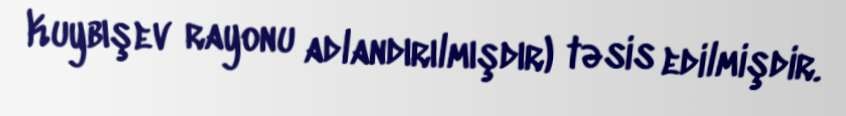
Kuybışev rayonu adlandırılmışdır) təsis edilmişdir.